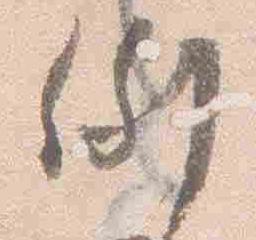
例